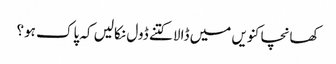
کھانچا کنویں میں ڈالا کتنے ڈول نکالیں کہ پاک ہو؟